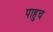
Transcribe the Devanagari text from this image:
पाहुच